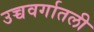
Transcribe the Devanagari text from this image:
उच्चवर्गातली